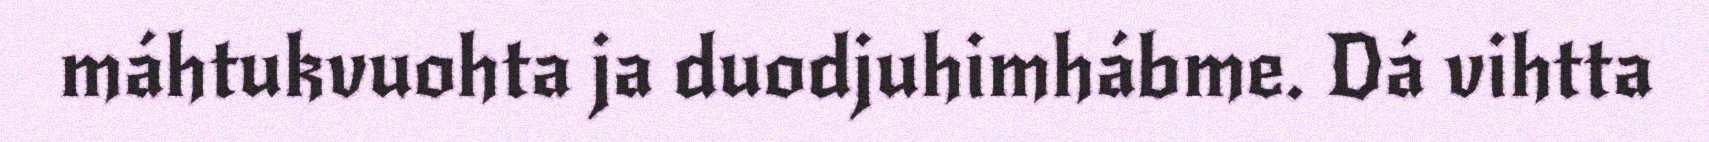
máhtukvuohta ja duodjuhimhábme. Dá vihtta